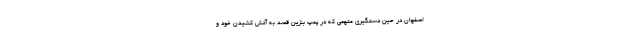
اصفهان در حین دستگیری متهمی که در پمپ بنزین قصد به آتش کشیدن خود و